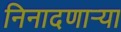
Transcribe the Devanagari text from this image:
निनादणाऱ्या